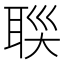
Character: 𦕯